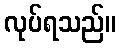
လုပ်ရသည်။